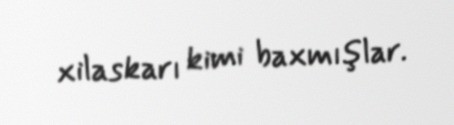
xilaskarı kimi baxmışlar.